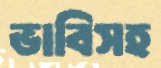
ভাবিসহ